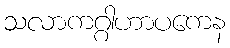
သလာကဂ္ဂါဟာပကေန